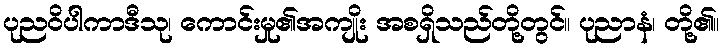
ပုညဝိပါကာဒီသု၊ ကောင်းမှု၏အကျိုး အစရှိသည်တို့တွင်။ ပုညာနံ၊ တို့၏။